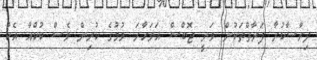
ދިރާސާކުރާ ފަރާތްތަކުން ވަނީ ޖޮބްސް އަވަހާރަ ވުމުގެ ކުރިން ވެސް ކުކްއާ އެކު